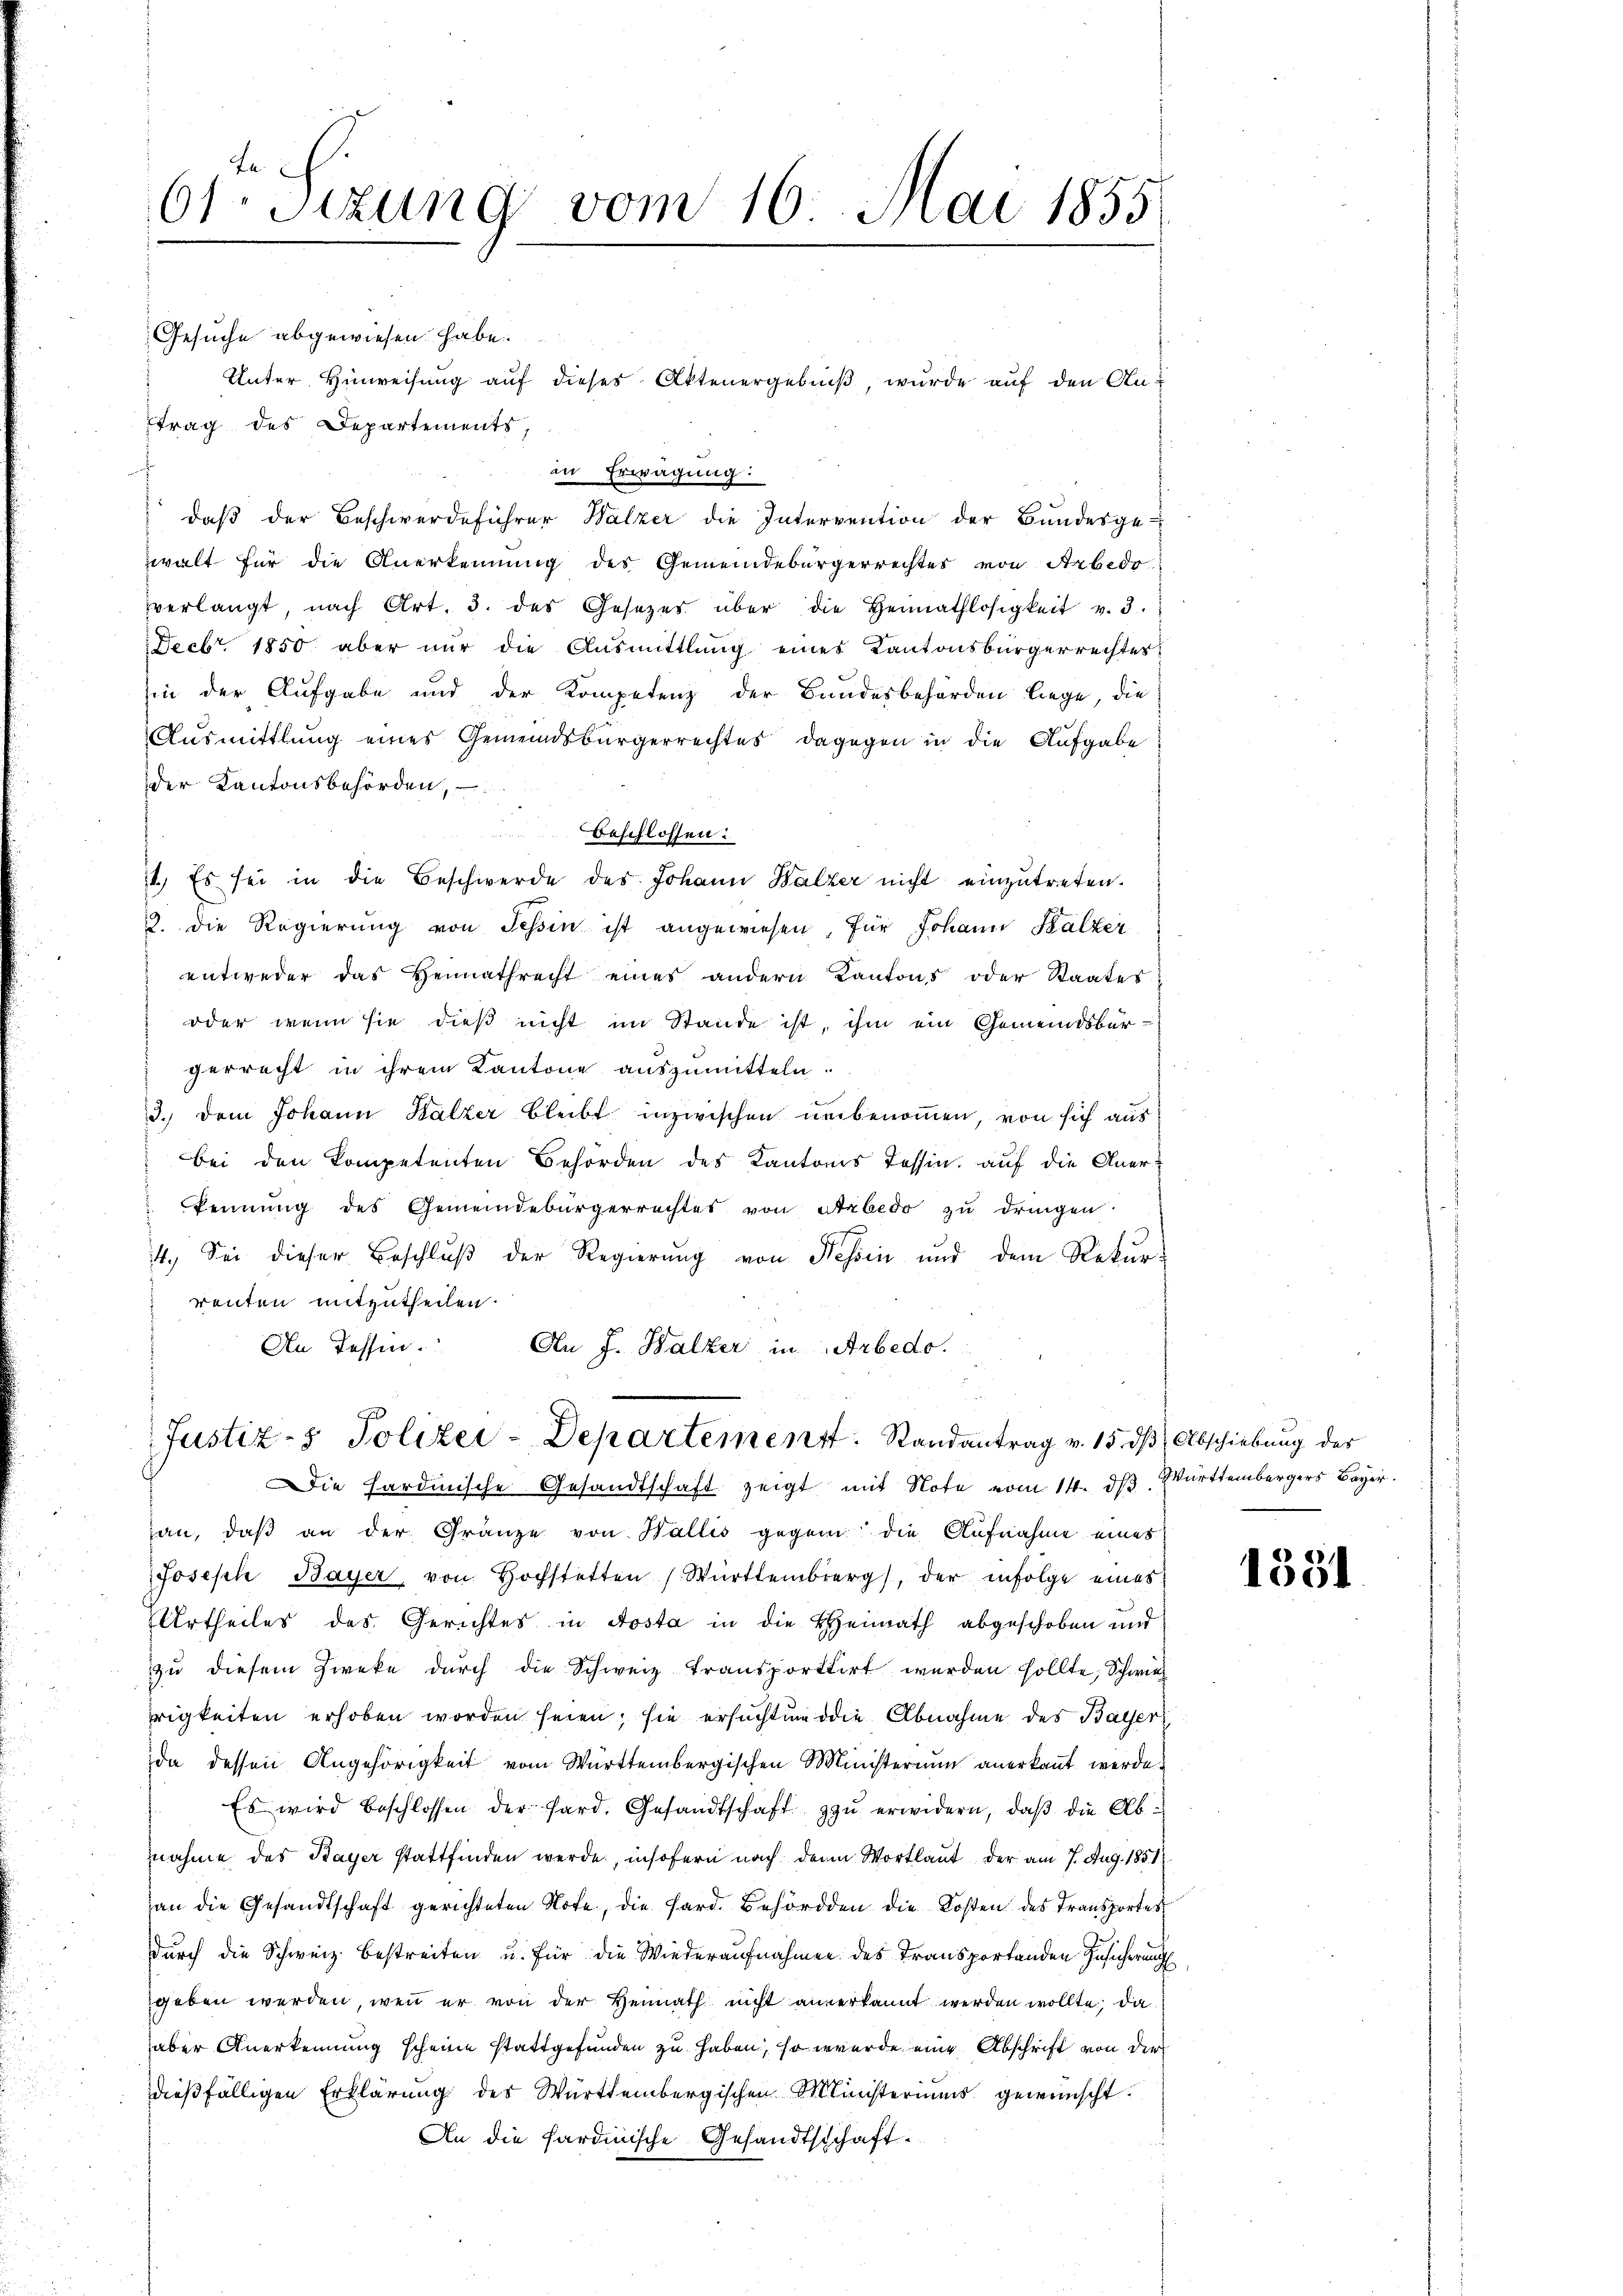
61. Sizung vom 16. Mai 1855

Gesuche abgewiesen habe.
trag des Departements,
in Erwägung:
daß der Beschwerdeführer Walzer die Intervention der Bundesge-
walt für die Anerkennung des Gemeindebürgerrechtes von Arbedo
verlangt, nach Art. 3. des Gesetzes über die Heimathlosigkeit v. 3.
Decbr. 1850 aber nur die Ausmittlung eines Kantonsbürgerrechtes
in der Aufgabe und der Kompetenz der Bundesbehörden liege, die
Ausmittlung eines Gemeindsbürgerrechtes dagegen in die Aufgabe
der Kantonsbehörden,
beschlossen:
) Es sei in die Beschwerde des Johann Balzer nicht einzŭtreten.
2. die Regierung von Tessin ist angewiesen, für Johann Kalter
entweder das Heimathrecht eines andern Kantons oder Staates
oder wenn sie dieß nicht im Stande ist, ihm ein Gemeindsbürgerrecht in ihrem Kantone auszumitteln.
3.) Dem Johann Halzer bleibt inzwischen unbenommen, von sich aus
bei den kompetenten Behörden des Kantons Tessin, auf die Anerkennung des Gemeindebürgerrechtes von Stabedo zu dringen.
14. Sei dieser Beschluß der Regierung von Nessin und dem Rekurrenten mitzutheilen.
An Tessin.
An J. Halzer in Arbedo.

Unter Hinweisung auf dieses Aktenergebniß, wurde auf den An¬

Justiz- & Polizei-Departement. Randantrag v. 15. d

Die Hardmische Gesandtschaft zeigt mit Note vom 14. dβ. Württembergers Bayer.
an, daβ an der Gränze von Wallis gegen die Aufnahme eines
Joseph Bayer von Hochstetten Württemberg), der infolge eines
Urtheiles des Gerichtes in Aosta in die Heimath abgeschoben und
zu diesem Zweke durch die Schweiz transportirt werden sollte, Schwie
rigkeiten erhoben worden seien; sie ersuchten die Abnahme des Bayer
da dessen Angehörigkeit vom Württembergischen Ministerium anerkannt werde.
Es wird beschlossen der Sard. Gesandtschaft zu erwidern, daß die Abnahme des Bayer stattfinden werde, insofern nach den Wortlaut der am 7. Aug. 1851
an die Gesandtschaft gerichteten Note, die Sard. Behörden die Kosten des Transportes
durch die Schweiz bestreiten u. für die Wiederaufnahmen des Transportenden Zusicherung
geben werden, wenn er von der Heimath nicht anverkannt werden wollte, da
aber Anerkennung scheine stattgefunden zu haben, so wurde eine Abschrift von der
dießfälligen Erklärung des Württembergischen Ministeriums gewünscht.
An die Sardinische Gesandtschaft

B Abschiebung des

1351